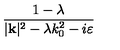
\frac { 1 - \lambda } { | \mathbf { k } | ^ { 2 } - \lambda k _ { 0 } ^ { 2 } - i \varepsilon }